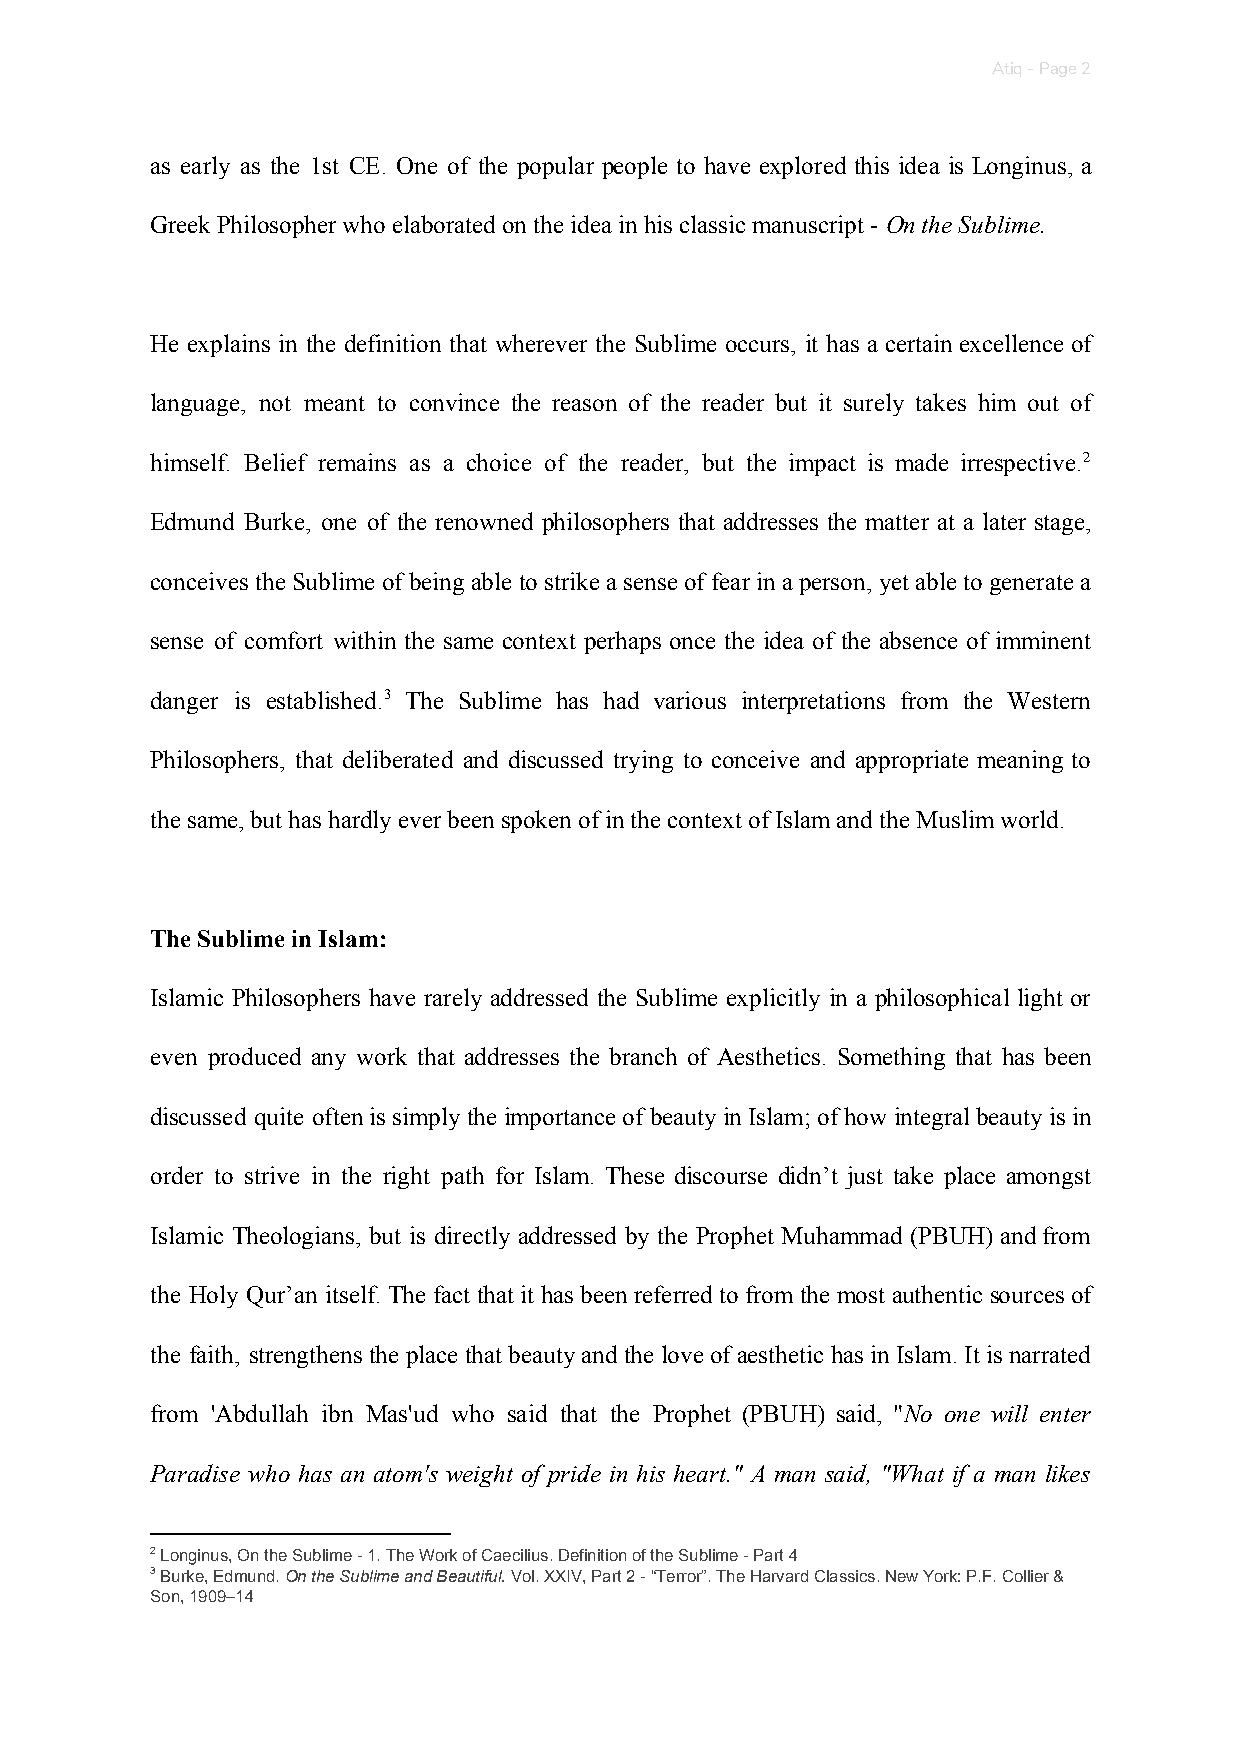
Atiq - Page 2
 as early as the 1st CE. One of the popular people to have explored this idea is Longinus, a
 Greek Philosopher who elaborated on the idea in his classic manuscript - On the Sublime.
 ​
 He explains in the definition that wherever the Sublime occurs, it has a certain excellence of
 language, not meant to convince the reason of the reader but it surely takes him out of
 himself. Belief remains as a choice of the reader, but the impact is made irrespective.2
 Edmund Burke, one of the renowned philosophers that addresses the matter at a later stage,
 conceives the Sublime of being able to strike a sense of fear in a person, yet able to generate a
 sense of comfort within the same context perhaps once the idea of the absence of imminent
 danger is established.3 The Sublime has had various interpretations from the Western
 Philosophers, that deliberated and discussed trying to conceive and appropriate meaning to
 the same, but has hardly ever been spoken of in the context of Islam and the Muslim world.
 The Sublime in Islam:
 Islamic Philosophers have rarely addressed the Sublime explicitly in a philosophical light or
 even produced any work that addresses the branch of Aesthetics. Something that has been
 discussed quite often is simply the importance of beauty in Islam; of how integral beauty is in
 order to strive in the right path for Islam. These discourse didn’t just take place amongst
 Islamic Theologians, but is directly addressed by the Prophet Muhammad (PBUH) and from
 the Holy Qur’an itself. The fact that it has been referred to from the most authentic sources of
 the faith, strengthens the place that beauty and the love of aesthetic has in Islam. It is narrated
 from 'Abdullah ibn Mas'ud who said that the Prophet (PBUH) said, "No one will enter
 ​
 Paradise who has an atom's weight of pride in his heart." A man said, "What if a man likes
 2 Longinus, On the Sublime - 1. The Work of Caecilius. Definition of the Sublime - Part 4
 3 Burke, Edmund. On the Sublime and Beautiful. Vol. XXIV, Part 2 - “Terror”. The Harvard Classics. New York: P.F. Collier &
 ​       ​             ​
 Son, 1909–14